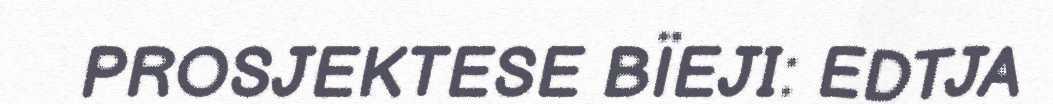
PROSJEKTESE BÏEJI: EDTJA